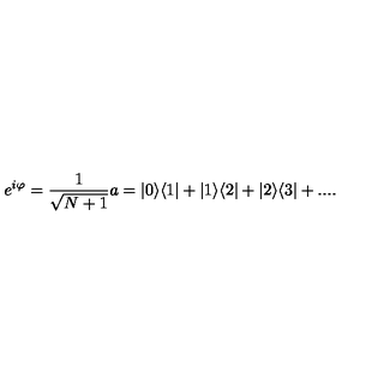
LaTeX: e ^ { i \varphi } = \frac { 1 } { \sqrt { N + 1 } } a = | 0 \rangle \langle 1 | + | 1 \rangle \langle 2 | + | 2 \rangle \langle 3 | + . . . .